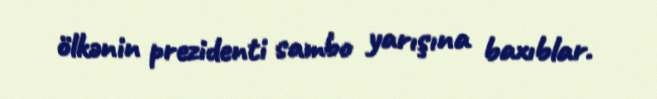
ölkənin prezidenti sambo yarışına baxıblar.